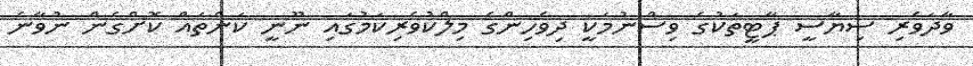
ވާދަވެރި ސިޔާސީ ޕާޓީތަކުގެ ވިސްނުމަކީ ދިވެހިންގެ މިލްކުވެރިކަމުގައި ނޫނީ ކަންތައް ކޮށްގެން ނުވާނެ